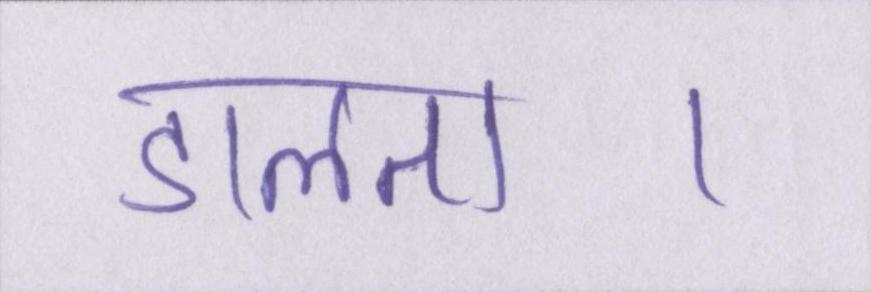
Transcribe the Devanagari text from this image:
डालता।